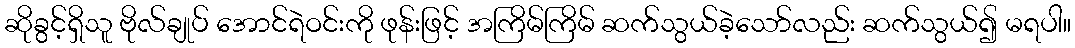
ဆိုခွင့်ရှိသူ ဗိုလ်ချုပ် အောင်ရဲဝင်းကို ဖုန်းဖြင့် အကြိမ်ကြိမ် ဆက်သွယ်ခဲ့သော်လည်း ဆက်သွယ်၍ မရပါ။